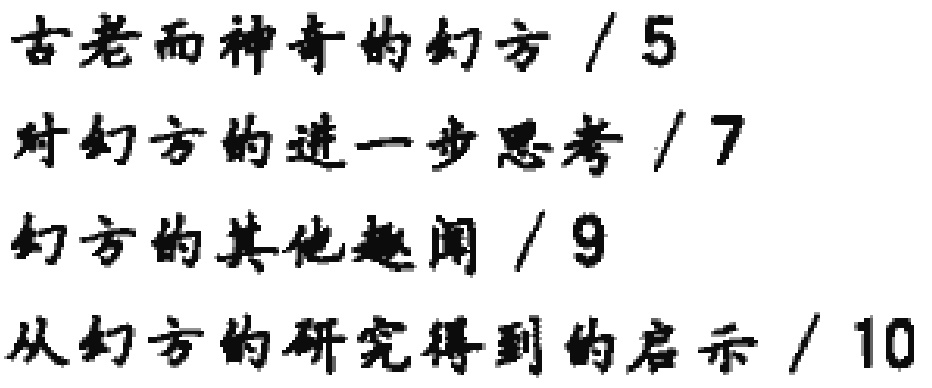
古老而神奇的幻方 / 5\\

对幻方的进一步思考 / 7\\

幻方的其他趣闻 / 9\\

从幻方的研究得到的启示 / 10